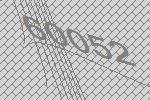
60052